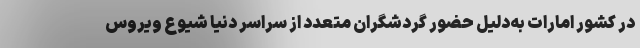
در کشور امارات به‌دلیل حضور گردشگران متعدد از سراسر دنیا شیوع ویروس